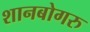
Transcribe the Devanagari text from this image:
शानबोगरु